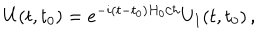
U ( t , t _ { 0 } ) = e ^ { - i ( t - t _ { 0 } ) H _ { 0 } / \hbar } U _ { I } ( t , t _ { 0 } ) \, ,